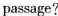
passage?